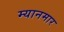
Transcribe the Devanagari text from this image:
म्‍यानमार